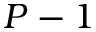
P - 1